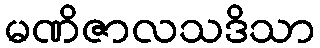
မဏိဇာလသဒိသာ